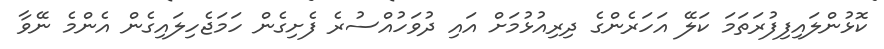
ކޮޅުންލައިފިފުރަތަމަ ކަލޭ އަހަރެންގެ ދިރިއުޅުމަށް އައި ދުވަހުއްސުރެ ފެށިގެން ހަމަޖެހިލައިގެން އެންމެ ނޭވާ